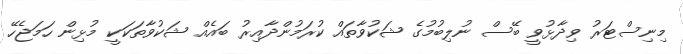
މިނިސްޓަރު ވިދާޅުވީ ބޭސް ނުލިބުމުގެ ޝަކުވާތައް ކުރަމުންދާއިރު ބައެއް ޝަކުވާތަކަކީ މުޅިން ހަމަޖެހޭ